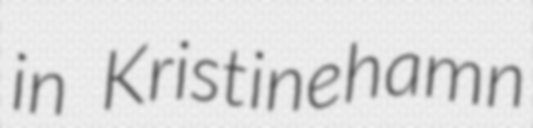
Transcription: in Kristinehamn